Punjab Mental Hospital Lahore 1932-46 - 1932-1946
Year: 1932
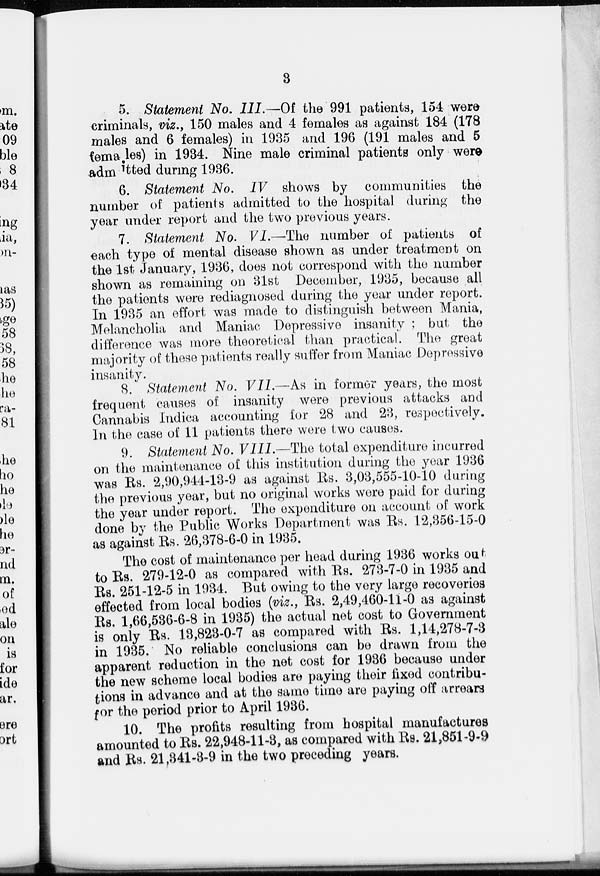
3
5. Statement No. III.—Of the 991 patients, 154 were
criminals, viz., 150 males and 4 females as against 184 (178
males and 6 females) in 1935 and 196 (191 males and 5
females) in 1934. Nine male criminal patients only were
admitted during 1936.
6. Statement No. IV shows by communities the
number of patients admitted to the hospital during the
year under report and the two previous years.
7. Statement No. VI.—The number of patients of
each type of mental disease shown as under treatment on
the 1st January, 1936, does not correspond with the number
shown as remaining on 31st December, 1935, because all
the patients were rediagnosed during the year under report.
In 1935 an effort was made to distinguish between Mania,
Melancholia and Maniac Depressive insanity; but the
difference was more theorotical than practical. The great
majority of these patients really suffer from Maniac Depressive
insanity.
8. Statement No. VII.—As in former years, the most
frequent causes of insanity were previous attacks and
Cannabis Indica accounting for 28 and 23, respectively.
In the case of 11 patients there were two causes.
9. Statement No. VIII.—The total expenditure incurred
on the maintenance of this institution during the year 1936
was Rs. 2,90,944-13-9 as against Rs. 3,03,555-10-10 during
the previous year, but no original works were paid for during
the year under report. The expenditure on account of work
done by the Public Works Department was Rs. 12,356-15-0
as against Rs. 26,378-6-0 in 1935.
The cost of maintenance per head during 1936 works out
to Rs. 279-12-0 as compared with Rs. 273-7-0 in 1935 and
Rs. 251-12-5 in 1934. But owing to the very large recoveries
effected from local bodies (viz., Rs. 2,49,460-11-0 as against
Rs. 1,66,536-6-8 in 1935) the actual net cost to Government
is only Rs. 13,823-0-7 as compared with Rs. 1,14,278-7-3
in 1935. No reliable conclusions can be drawn from the
apparent reduction in the net cost for 1936 because under
the new scheme local bodies are paying their fixed contribu-
tions in advance and at the same time are paying off arrears
for the period prior to April 1936.
10. The profits resulting from hospital manufactures
amounted to Rs. 22,948-11-3, as compared with Rs. 21,851-9-9
and Rs. 21,341-3-9 in the two preceding years.